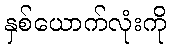
နှစ်ယောက်လုံးကို